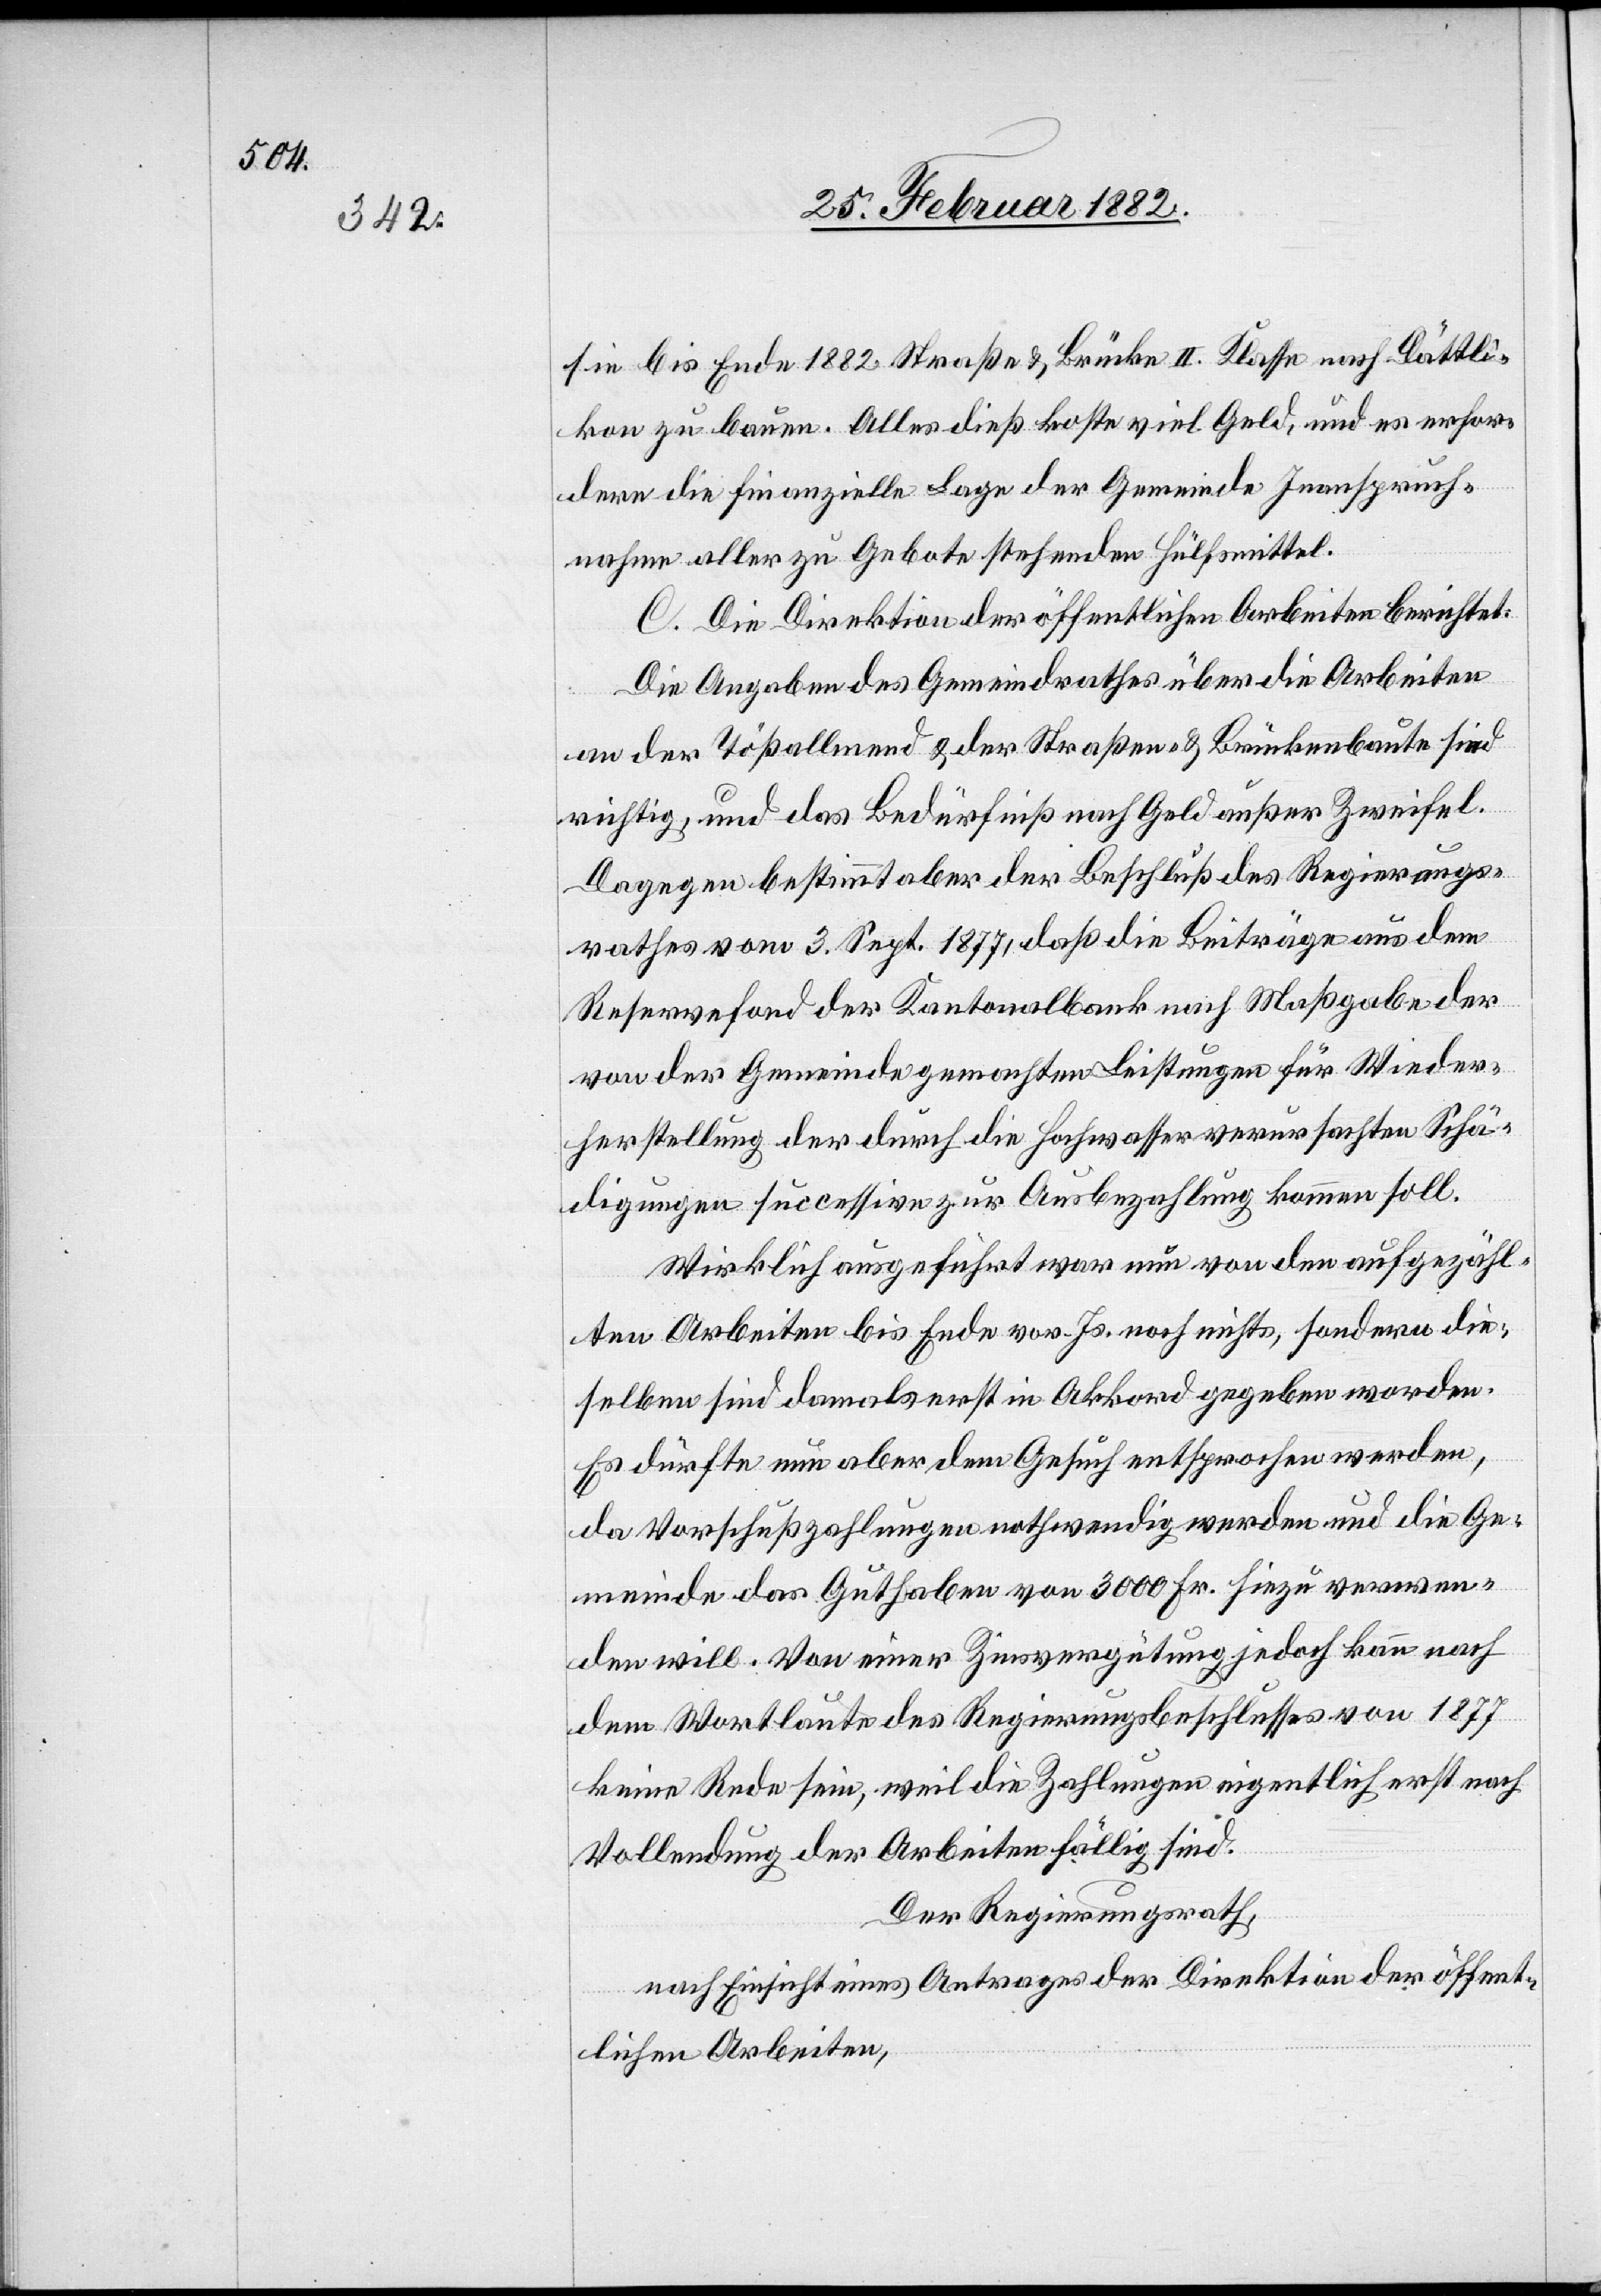
sie bis Ende 1882 Straßen & Brücken II. Klasse nach Dättli¬
kon zu bauen. Alles dieß koste viel Geld, und es erfor¬
dere die finanzielle Lage der Gemeinde Inanspruch¬
nahme aller zu Gebote stehenden Hülfsmittel.
C. die Direktion der öffentlichen Arbeiten berichtet:
Die Angaben des Gemeindrathes über die Arbeiten
an der Tößallmend & der Straßen- & Brückenbaute sind
richtig, und das Bedürfniß nach Geld außer Zweifel.
Dagegen bestimmt aber der Beschluß des Regierungs¬
rathes vom 3. Sept. 1877, daß die Beiträge aus dem
Reservefond der Kantonalbank nach Maßgabe der
von der Gemeinde gemachten Leistungen für Wieder¬
herstellung der durch die Hochwasser verursachten Schä¬
digungen successive zur Ausbezahlung kommen soll.
Wirklich ausgeführt war nun von den aufgezähl¬
ten Arbeiten bis Ende vor. Js. noch nichts, sondern die¬
selbe sind damals erst in Akkord gegeben worden.
Es dürfte nun aber dem Gesuch entsprochen werden,
da Vorschußzahlungen nothwendig werden und die Ge¬
meinde das Guthaben von 3000 Fr. hiezu verwen¬
den will. Von einer Zinsvergütung jedoch kann nach
dem Wortlaute des Regierungsbeschlusses von 1877
keine Rede sein, weil die Zahlungen eigentlich erst nach
Vollendung der Arbeiten fällig sind.
Der Regierungsrath,
nach Einsicht eines Antrages der Direktion der öffent¬
lichen Arbeiten,